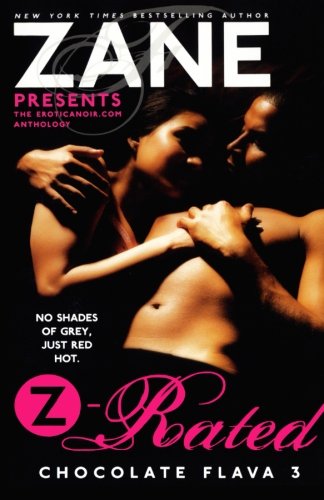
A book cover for Z-Rated: Chocolate Flava 3 (Zane Presents); Zane; Romance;